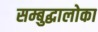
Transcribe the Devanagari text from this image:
सम्बुद्धालोका